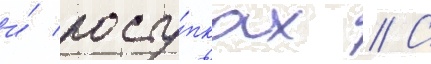
и́ посту́пках // С